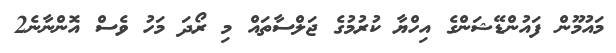
މައުމޫން ފައުންޑޭޝަންގެ އިހްޔާ ކުރުމުގެ ޖަލްސާތައް މި ރޯދަ މަހު ވެސް އޮންނާނެ2